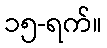
၁၅-ရက်။